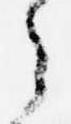
之